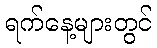
ရက်နေ့များတွင်